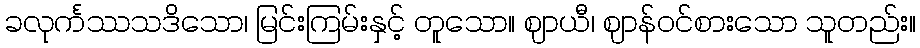
ခလုင်္ကဿသဒိသော၊ မြင်းကြမ်းနှင့် တူသော။ ဈာယီ၊ ဈာန်ဝင်စားသော သူတည်း။